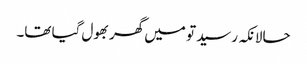
حالانکہ رسید تو میں گھر بھول گیا تھا۔